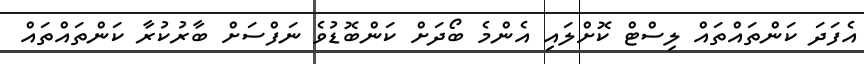
އެފަދަ ކަންތައްތައް ލިސްޓް ކޮށްލައި އެންމެ ބޯދަށް ކަންބޮޑުވެ ނަފްސަށް ބާރުކުރާ ކަންތައްތައް